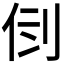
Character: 𠛷